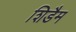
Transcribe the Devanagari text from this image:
शिडैम